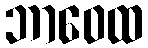
ဘာဝေထ